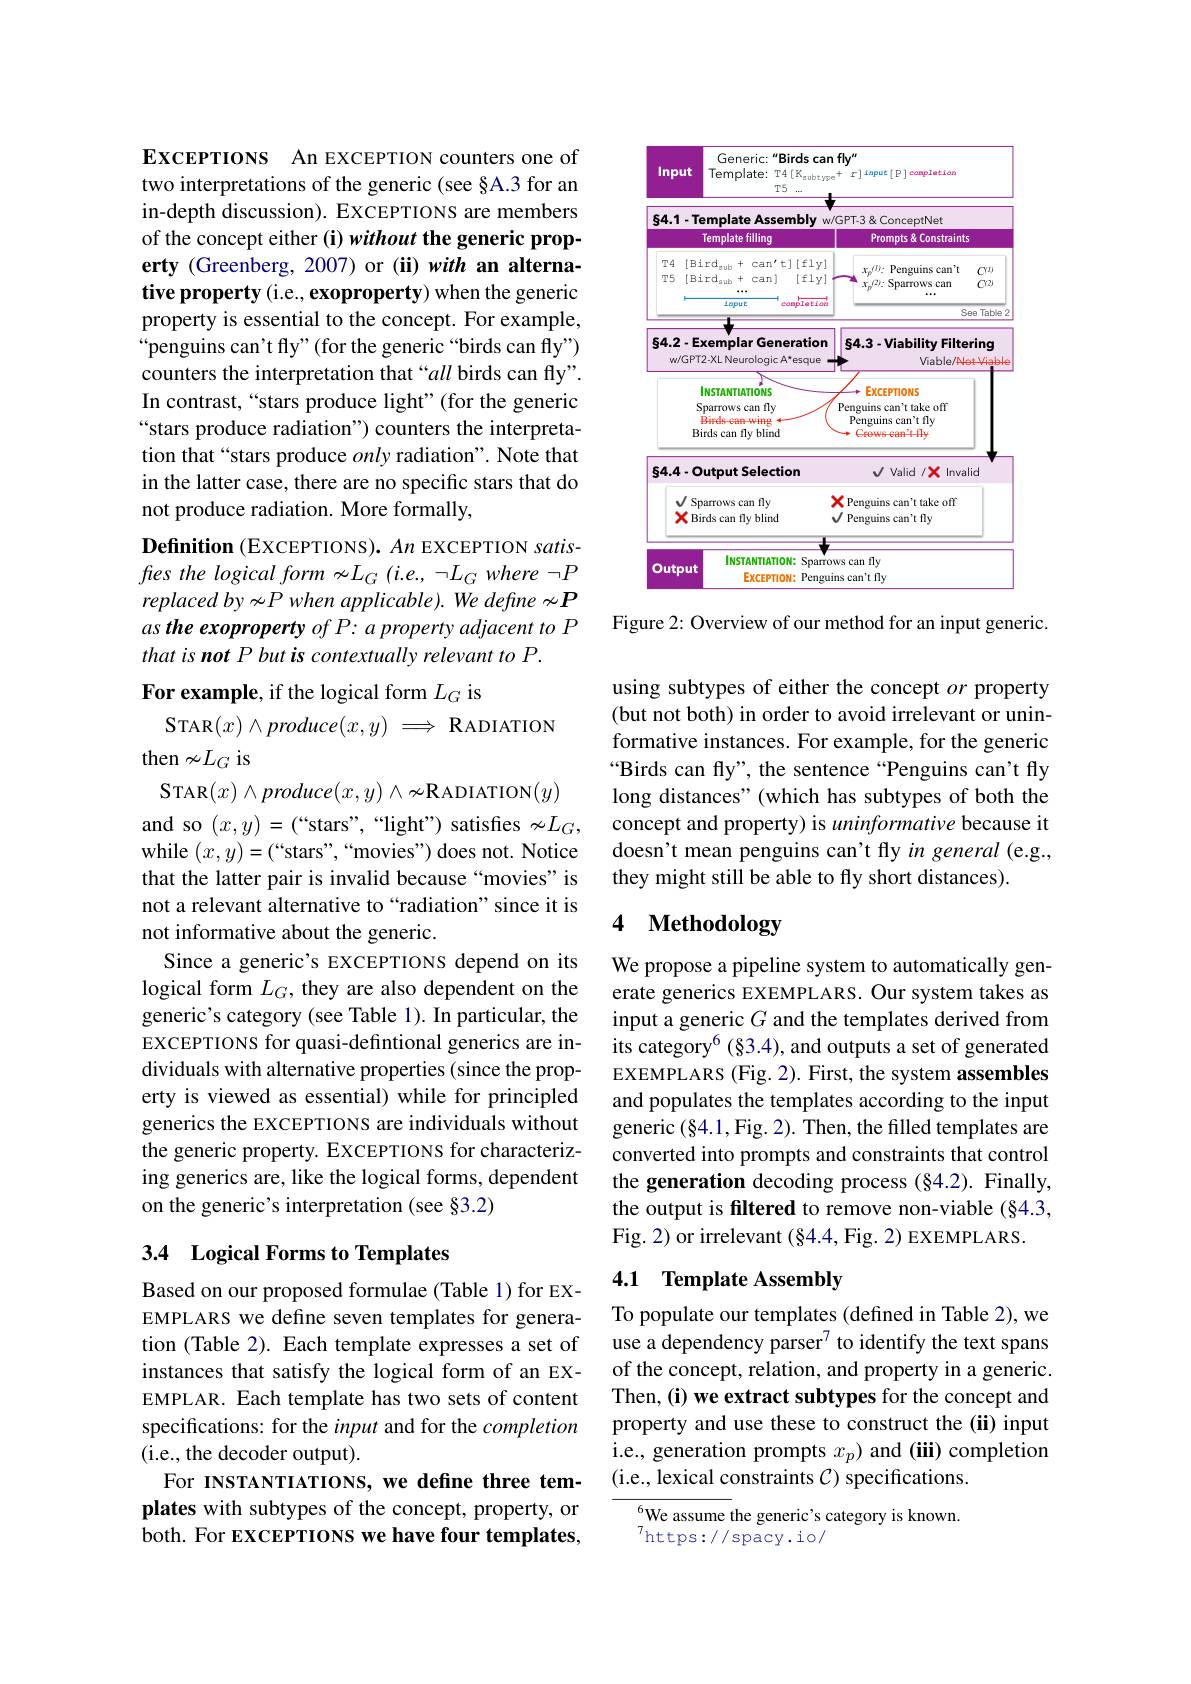
EXCEPTIONS An EXCEPTION counters one of two interpretations of the generic (see §A.3 for an in-depth discussion). EXCEPTIONS are members of the concept either (i) without the generic property (Greenberg, 2007) or (ii) with an alternative property (i.e., exoproperty) when the generic property is essential to the concept. For example, $“$penguins can't fly"(for the generic“birds can fly”) counters the interpretation that “all birds can fly”. In contrast, “stars produce light”(for the generic “stars produce radiation") counters the interpretation that“stars produce only radiation”. Note that in the latter case, there are no specific stars that do not produce radiation. More formally,
$\textbf{Definition ( EXCEPTIONS) . An EXCEPTION satis- }$

fres the logical form $\nsim L_G(i.e.,\neg L_G$ where $\neg P$ replaced by $\nsim P$ when applicable). We define $\nsim P$ as the exoproperty of P: a property adjacent to P that is not P but is contextually relevant to P.

For example, if the logical form $L_G$ is

STAR$( x) \wedge \textit{produce}( x, y) \Longrightarrow $RADIATION

then $\nsim L_G$ is

STAR$( x) \wedge \textit{produce}( x, y) \wedge \nsim$RADIATION$(y)$ and so $(x,y)=(``$stars",“light") satisfies$\nsim L_G$, while $(x,y)=(“$stars",“movies") does not. Notice that the latter pair is invalid because “movies” is not a relevant alternative to “radiation”since it is not informative about the generic.
Since a generic's EXCEPTIONS depend on its logical form $L_G$, they are also dependent on the generic's category (see Table 1). In particular, the EXCEPTIONS for quasi-defintional generics are individuals with alternative properties (since the property is viewed as essential) while for principled generics the EXCEPTIONS are individuals without the generic property. EXCEPTIONS for characterizing generics are, like the logical forms, dependent on the generic's interpretation (see §3.2)

## 3.4 Logical Forms to Templates

Based on our proposed formulae (Table 1) for EXEMPLARS we define seven templates for generation (Table 2). Each template expresses a set of instances that satisfy the logical form of an EXEMPLAR. Each template has two sets of content specifications: for the input and for the completion (i.e., the decoder output).
For INSTANTIATIONS, we define three templates with subtypes of the concept, property, or both. For EXCEPTIONS we have four templates,

<FigureHere>

Figure 2: Overview of our method for an input generic.

using subtypes of either the concept $or$ property (but not both) in order to avoid irrelevant or uninformative instances. For example, for the generic “Birds can fly", the sentence“Penguins can't fly long distances" (which has subtypes of both the concept and property) is uninformative because it doesn't mean penguins can't fly in general (e.g., they might still be able to fly short distances).

# 4 Methodology

We propose a pipeline system to automatically generate generics EXEMPLARS. Our system takes as input a generic $G$ and the templates derived from its category$^{6}$ (§3.4), and outputs a set of generated EXEMPLARS (Fig. 2). First, the system assembles and populates the templates according to the input generic (§4.1,Fig. 2). Then, the filled templates are converted into prompts and constraints that control the generation decoding process (§4.2). Finally, the output is filtered to remove non-viable (§4.3, Fig. 2) or irrelevant $(\S4.4$,Fig. 2) EXEMPLARS.

### 4.1 Template Assembly

To populate our templates (defined in Table 2), we use a dependency parser$^{7}$ to identify the text spans of the concept, relation, and property in a generic. Then, (i) we extract subtypes for the concept and property and use these to construct the (ii) input i.e., generation prompts $x_p)$ and (iii) completion (i.e., lexical constraints $C)$ specifications.

$^{6}$We assume the generic's category is known.
$^7$https://spacy.io/